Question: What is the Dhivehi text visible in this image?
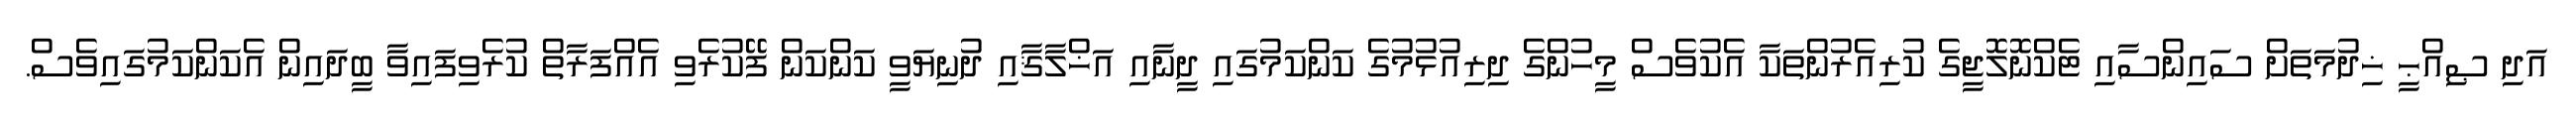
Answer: އަދި ޞިއްޙީ ޚިދުމަތަށް ސައިންސާއި ޓެކްނޮލޮޖީގެ ކުރިއެރުންތަކާ އެކުވެސް މީހުންގެ ދިރިއުޅުމުގެ ކަންކަމުގައި ދީނާއި އަޚްލާޤާއި ދުނިޔަވީ ކަންކަން ފޭކުރެވި އެއްފަރާތް ކުރެވިފައިވާ ބީދައިން އެކަންކަމުގައިވެސް.